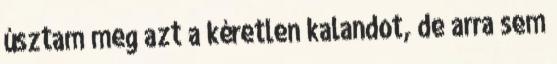
úsztam meg azt a kéretlen kalandot, de arra sem